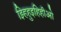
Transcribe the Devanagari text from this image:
झ्हिहुइहिहीओ